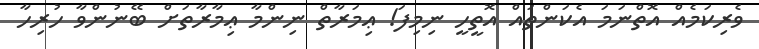
ވެރިކަމެއް އޮތްނަމަ އެކަންތައް އޮތީހީ ނިމިފަ! ޢިމަރާތް ނިންމާ ޢިމާރާތަށް ބޭނުންވާ ހުރިހާ